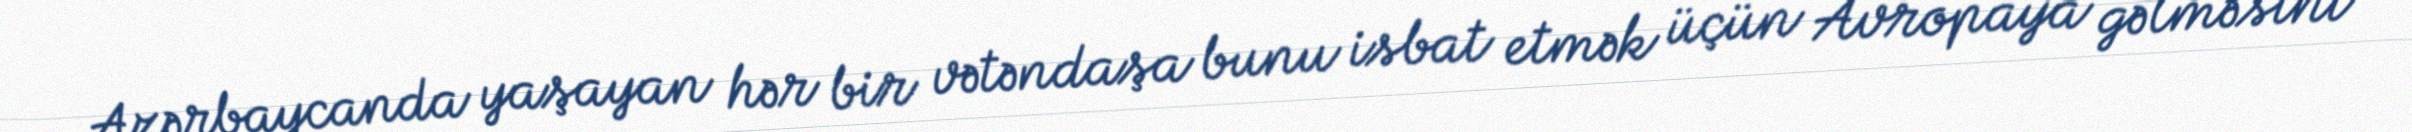
Azərbaycanda yaşayan hər bir vətəndaşa bunu isbat etmək üçün Avropaya gəlməsini